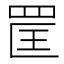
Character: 𦊺